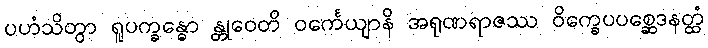
ပဟံသိတွာ ရူပက္ခန္ဓော န္တုဝေတိ ဝင်္ကေယျာနိ အရုဏရာဇဿ ဝိက္ခေပပစ္ဆေဒနတ္ထံ